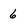
Character: 6